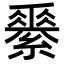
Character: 𦅽